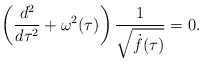
\begin{align*} \left(\frac{d^2}{d\tau^2}+ \omega^2(\tau)\right)\frac{1}{\sqrt{\dot f(\tau)}}=0.\end{align*}